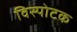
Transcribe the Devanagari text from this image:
विस्पोटक